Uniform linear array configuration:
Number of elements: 64
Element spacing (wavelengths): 1
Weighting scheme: hamming
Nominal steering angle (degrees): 45
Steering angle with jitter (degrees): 46.319
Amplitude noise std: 0.05
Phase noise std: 0.05

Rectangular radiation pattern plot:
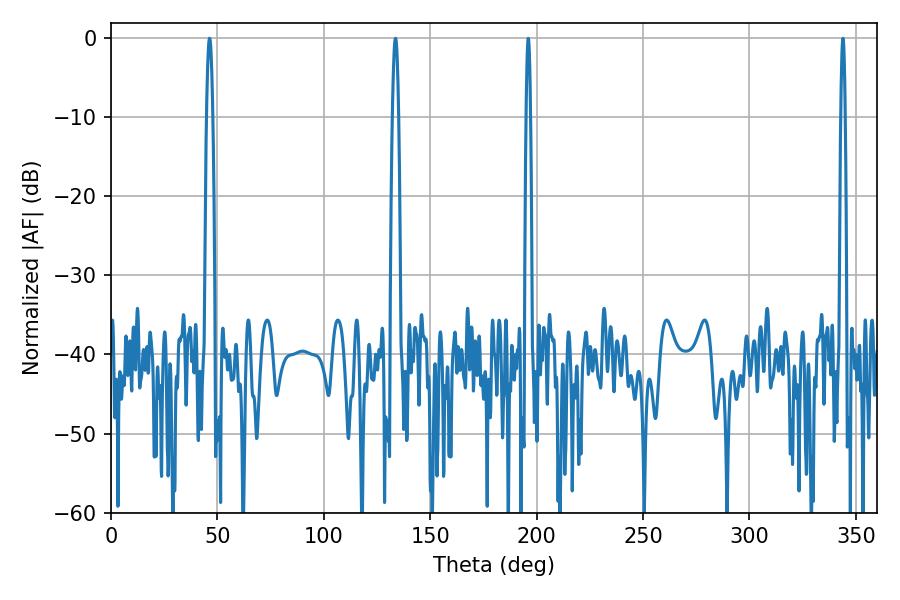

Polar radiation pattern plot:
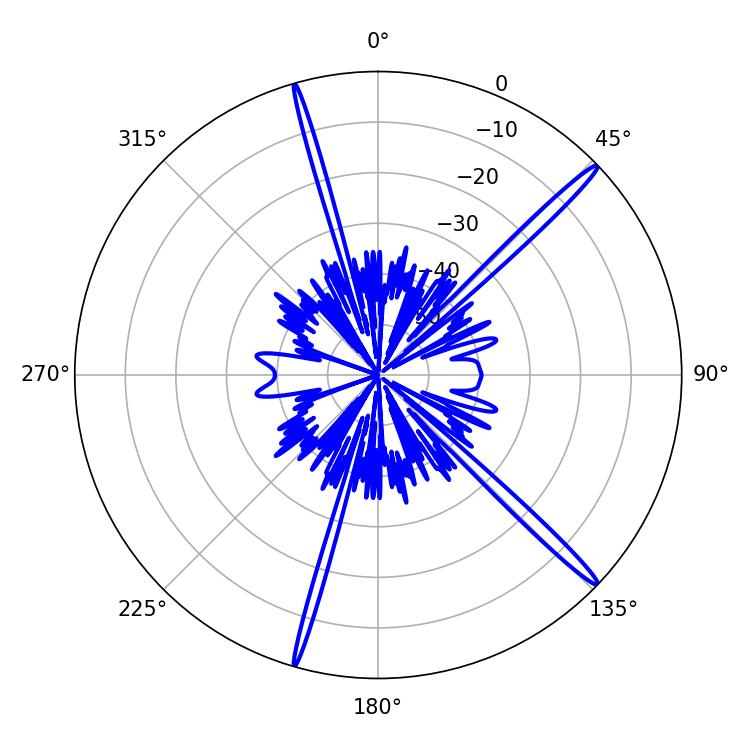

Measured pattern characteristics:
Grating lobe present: TRUE
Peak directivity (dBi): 17.849
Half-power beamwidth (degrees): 1.62
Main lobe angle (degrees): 46.26